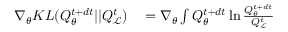
\begin{array} { r l } { \nabla _ { \theta } K L ( Q _ { \theta } ^ { t + d t } | | Q _ { \mathcal { L } } ^ { t } ) } & { { } = \nabla _ { \theta } \int Q _ { \theta } ^ { t + d t } \ln \frac { Q _ { \theta } ^ { t + d t } } { Q _ { \mathcal { L } } ^ { t } } } \end{array}